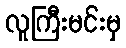
လူကြီးမင်းမှ